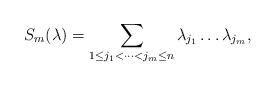
LaTeX: \begin{align*} S_m(\lambda)=\sum\limits_{1\leq j_1<\cdots<j_m\leq n}\lambda_{j_1}\dots\lambda_{j_m},\end{align*}